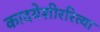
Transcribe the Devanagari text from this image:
कादयेशीररित्या